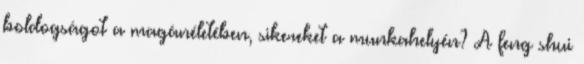
boldogságot a magánéletében, sikereket a munkahelyén? A feng shui